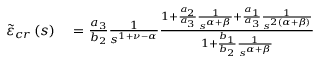
\begin{array} { r l } { \tilde { \varepsilon } _ { c r } \left( s \right) } & { { } = \frac { a _ { 3 } } { b _ { 2 } } \frac { 1 } { s ^ { 1 + \nu - \alpha } } \frac { 1 + \frac { a _ { 2 } } { a _ { 3 } } \frac { 1 } { s ^ { \alpha + \beta } } + \frac { a _ { 1 } } { a _ { 3 } } \frac { 1 } { s ^ { 2 \left( \alpha + \beta \right) } } } { 1 + \frac { b _ { 1 } } { b _ { 2 } } \frac { 1 } { s ^ { \alpha + \beta } } } } \end{array}